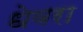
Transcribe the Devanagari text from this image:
धेवरा